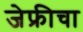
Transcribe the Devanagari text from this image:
जेफ्रीचा